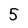
Character: 5